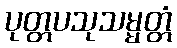
ပုတ္တပသုသမ္မတ္တံ